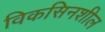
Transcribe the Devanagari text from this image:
विकसिनशील